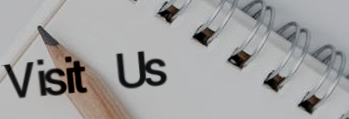
Visit Us